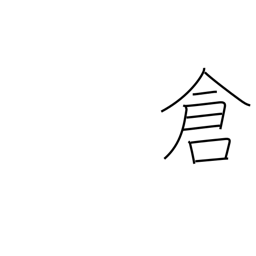
Meaning: treasury